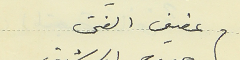
عفيف الفتى